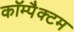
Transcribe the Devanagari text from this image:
कॉम्पैक्टम